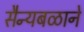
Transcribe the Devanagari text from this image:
सैन्यबळाने